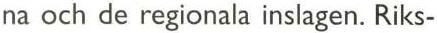
na och de regionala inslagen. Riks-